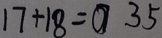
1 7 + 1 8 = 0 3 5